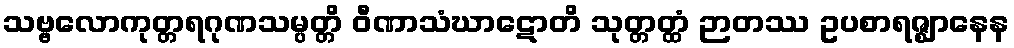
သဗ္ဗလောကုတ္တရဂုဏသမ္ပတ္တိ ဝီဏာသံဃာဋောတိ သုတ္တတ္ထံ ဉာတဿ ဥပစာရဇ္ဈာနေန